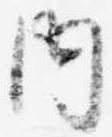
内